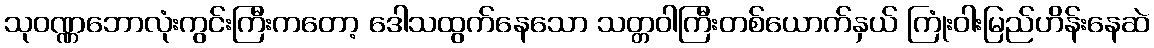
သုဝဏ္ဏဘောလုံးကွင်းကြီးကတော့ ဒေါသထွက်နေသော သတ္တဝါကြီးတစ်ယောက်နှယ် ကြုံးဝါးမြည်ဟိန်းနေဆဲ